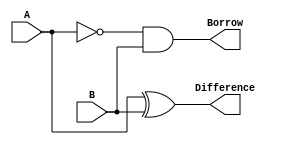
module half_subtractor (
  input A,
  input B,
  output Difference,
  output Borrow
);

  assign Difference = A ^ B;  // XOR operation for Difference
  assign Borrow = ~A & B;    // AND operation with complement for Borrow

endmodule